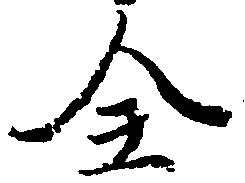
全